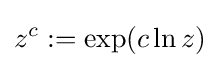
z^{c}:=\exp(c\ln z)